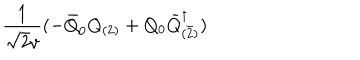
\frac { 1 } { \sqrt { 2 } v } ( - \bar { Q } _ { 0 } Q _ { ( 2 ) } + Q _ { 0 } \bar { Q } _ { ( \bar { 2 } ) } ^ { \dagger } )